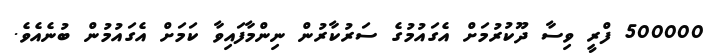
500000 ފްރީ ވިސާ ދޫކުރުމަށް އެގައުމުގެ ސަރުކާރުން ނިންމާފައިވާ ކަމަށް އެގައުމުން ބުނެއެވެ.